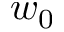
w _ { 0 }